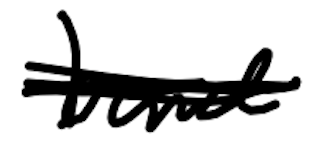
Text: band
Cross-out: scratch
Writing tool: digital_black